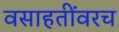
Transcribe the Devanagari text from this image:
वसाहतींवरच